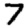
Digit: 7